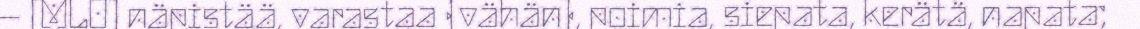
– [MLO] näpistää, varastaa (vähän), poimia, siepata, kerätä, napata;